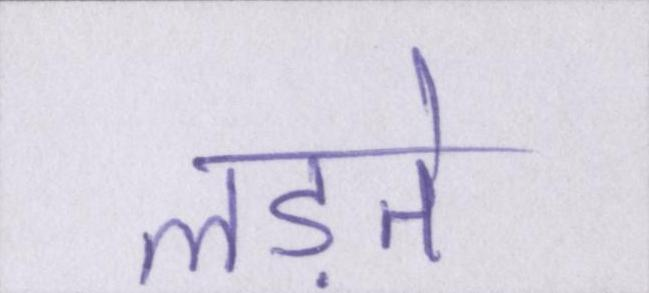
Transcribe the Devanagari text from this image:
लड़ते